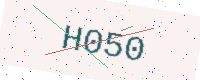
Text: H050